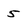
Character: 5